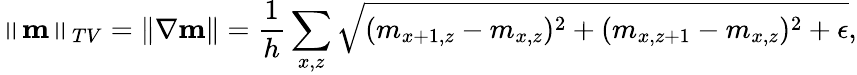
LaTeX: \left\lVert\mathbf{m}\right\rVert_{TV}=\left\lVert\nabla\mathbf{m}\right\rVert=\frac{1}{h}\sum_{x,z}\sqrt{(m_{x+1,z}-m_{x,z})^{2}+(m_{x,z+1}-m_{x,z})^{2}+\epsilon},